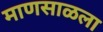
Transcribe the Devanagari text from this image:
माणसाळला